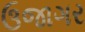
ઉજાગર